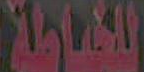
للخياطة